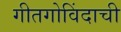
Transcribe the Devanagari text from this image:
गीतगोविंदाची